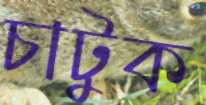
চাটুক